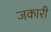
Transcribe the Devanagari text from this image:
जकारी